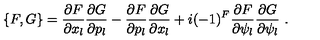
\{ F , G \} = \frac { \partial F } { \partial x _ { l } } \frac { \partial G } { \partial p _ { l } } - \frac { \partial F } { \partial p _ { l } } \frac { \partial G } { \partial x _ { l } } + i ( - 1 ) ^ { F } \frac { \partial F } { \partial \psi _ { l } } \frac { \partial G } { \partial \psi _ { l } } \ .